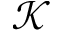
\mathcal { K }